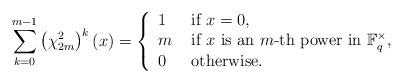
LaTeX: \begin{align*}\sum_{k=0}^{m-1}\left(\chi_{2m}^{2}\right)^k(x)=\left\{\begin{array}{ll}1 & \textrm{ if } x=0,\\m & \textrm{ if } x \textrm{ is an }m\textrm{-th power in }\mathbb{F}_q^{\times},\\0 &\textrm{ otherwise.}\end{array}\right.\end{align*}